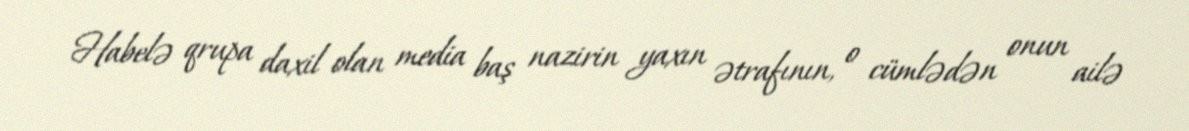
Habelə qrupa daxil olan media baş nazirin yaxın ətrafının, o cümlədən onun ailə